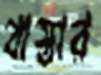
বাস্তার